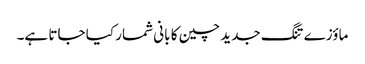
ماؤزے تنگ جدید چین کا بانی شمار کیا جاتا ہے۔